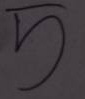
5